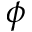
\phi